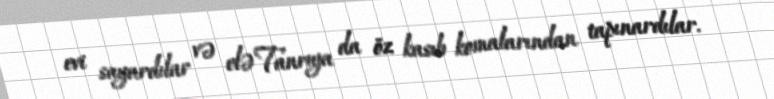
evi sayardılar və elə Tanrıya da öz kasıb komalarından tapınardılar.